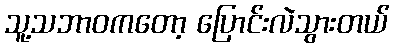
သူ့သဘာဝကတော့ ပြောင်းလဲသွားတယ်